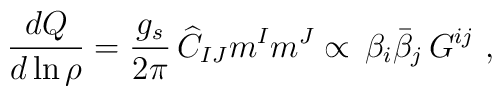
{d {Q}\over d\ln{\rho}} ={g_s\over 2\pi}\,{\widehat C_{IJ} m^I m^J}\propto \,{\beta_i  \bar\beta_j\,G^{ij}}~,